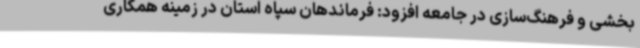
بخشی و فرهنگ‌سازی در جامعه افزود: فرماندهان سپاه استان در زمینه همکاری